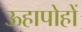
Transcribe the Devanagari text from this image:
ऊहापोहों